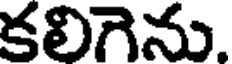
కలిగెను.